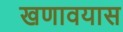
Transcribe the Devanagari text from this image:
खणावयास